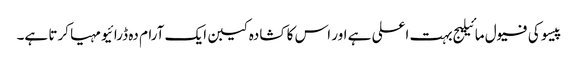
پیسو کی فیول مائیلیج بہت اعلی ہے اور اس کا کشادہ کیبن ایک آرام دہ ڈرائیو مہیا کرتا ہے۔